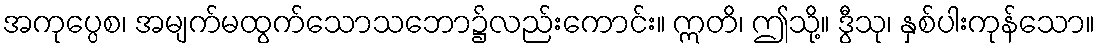
အကုပ္ပေစ၊ အမျက်မထွက်သောသဘော၌လည်းကောင်း။ ဣတိ၊ ဤသို့။ ဒွီသု၊ နှစ်ပါးကုန်သော။